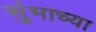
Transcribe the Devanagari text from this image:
सुंभाच्या